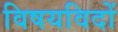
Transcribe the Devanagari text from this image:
विषयविदों